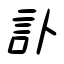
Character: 訃